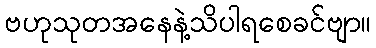
ဗဟုသုတအနေနဲ့သိပါရစေခင်ဗျာ။